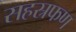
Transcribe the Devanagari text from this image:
सहस्रफण